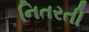
નિતરતી